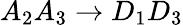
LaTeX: A_{2}A_{3}\rightarrow D_{1}D_{3}